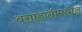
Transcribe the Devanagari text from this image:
वसाहातीमधील